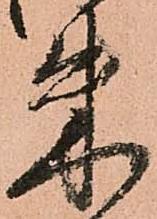
朱